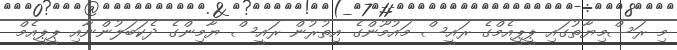
މި ރަސްމިޔާތުގައި ޕީޕީއެމްގެ ރައީސް މައުމޫންގެ އިތުރުން ރައީސް ޔާމިންގެ ދެކަބަލުންނާއި ޕީޕީއެމް